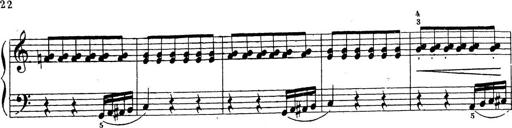
Title: 10 Sonatinas
Composer: Fritz Spindler